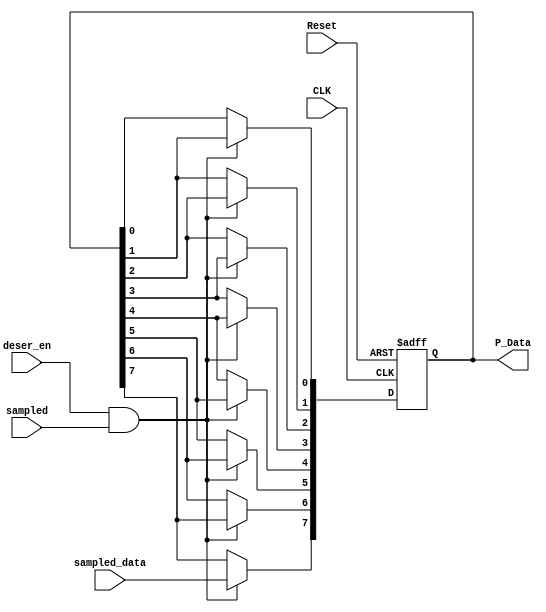
module Deserializer #(parameter width = 8)
(
    // input & output ports
    input  wire             CLK,      
    input  wire             Reset,      
    input  wire             sampled_data, // input from the data sampler
    input  wire             deser_en,     // enable segnal
    input  wire             sampled,      //  high for one clock cycle when a bit is sambled
    output reg  [width-1:0] P_Data        // output parallel Data
);

integer i; // loop integer

always @(posedge CLK, negedge Reset) begin
    if (!Reset) begin
        P_Data <= 0;
    end
    else if(deser_en && sampled) begin
        
        P_Data[width-1] <= sampled_data;
        
        for (i = width-2; i >= 0; i=i-1) begin // shifting loop
            P_Data[i] <= P_Data[i+1];
        end
        
    end
end
    
endmodule